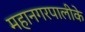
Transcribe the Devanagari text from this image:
महानगरपालीके